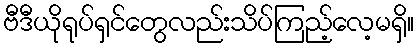
ဗီဒီယိုရုပ်ရှင်တွေလည်းသိပ်ကြည့်လေ့မရှိ။